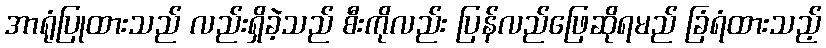
အာရုံပြုထားသည် လည်းရှိခဲ့သည် စီးကိုလည်း ပြန်လည်ဖြေဆိုရမည် ခြံရံထားသည့်